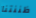
ظننتنا